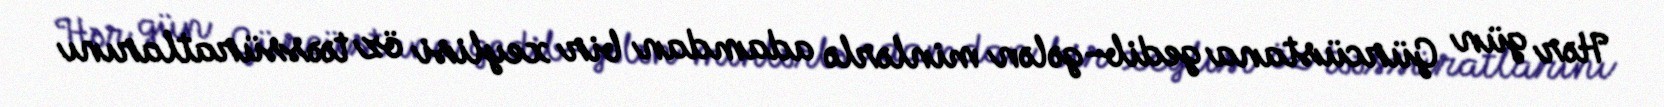
Hər gün Gürcüstana gedib-gələn minlərlə adamdan bir xeylisi öz təəssüratlarını